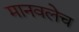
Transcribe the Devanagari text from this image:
मानवलेच